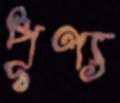
পূণ্য